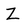
Character: Z